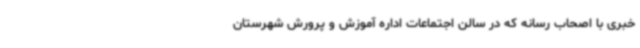
خبری با اصحاب رسانه که در سالن اجتماعات اداره آموزش و پرورش شهرستان